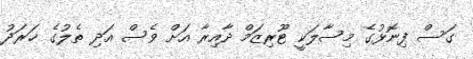
ގަސް ފިނޮޅުގެ މިސާލަކީ ޓޫރިޒަމް ދާއިރާ އަށް ވެސް އަދި ތެލުގެ ޚަރަދު